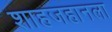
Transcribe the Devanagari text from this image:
शाहजहानला